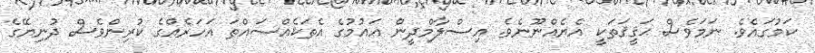
ކަމުގައެވެ. ނަމަވެސް ޙަޤީޤަތަކީ އެޔެއްނޫނެވެ. އިސްލާމްދީން އައުމުގެ އެތަކެއްސައްތަ އަހަރެއްގެ ކުރިންވެސް ދުނިޔޭގެ